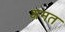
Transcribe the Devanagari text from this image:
अमत